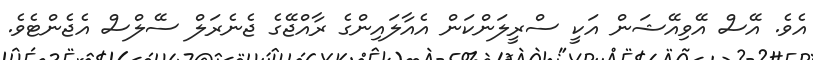
އެވެ. އޭސް އޭވިއޭޝަން އަކީ ސްރީލަންކަން އެއާލައިންގެ ރާއްޖޭގެ ޖެނެރަލް ސޭލްސް އެޖެންޓެވެ.